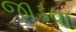
જાડવા